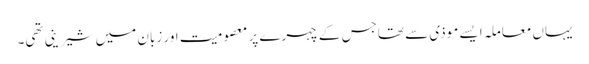
یہاں معاملہ ایسے موذی سے تھاجس کے چہرے پر معصومیت اور زبان میں شیرینی تھی۔